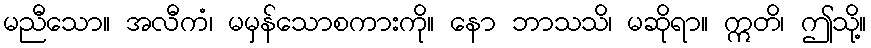
မညီသော။ အလီကံ၊ မမှန်သောစကားကို။ နော ဘာသသိ၊ မဆိုရာ။ ဣတိ၊ ဤသို့။